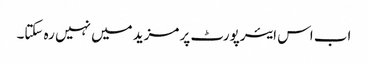
اب اس ایئرپورٹ پر مزید میں نہیں رہ سکتا۔